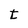
Character: t